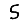
Digit: 5